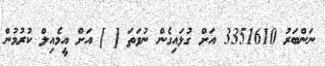
ނަންބަރު 3351610 އަށް ގުޅައިގެން ނުވަތަ [ ] އަށް އީމެއިލް ކުރުމުން